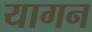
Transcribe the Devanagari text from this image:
यागन